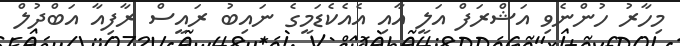
މިހާރު ހުންނެވި އަޝްރަފް އަލީ އާއި އެއެކެޑަމީގެ ނައިބު ރައީސް ރާފިއާ އަބްދުލް